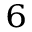
^ 6